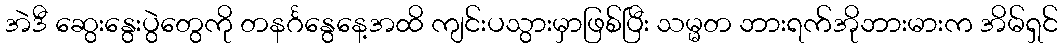
အဲဒီ ဆွေးနွေးပွဲတွေကို တနင်္ဂနွေနေ့အထိ ကျင်းပသွားမှာဖြစ်ပြီး သမ္မတ ဘားရက်အိုဘားမားက အိမ်ရှင်